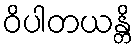
ဝိပါတယန္တိ